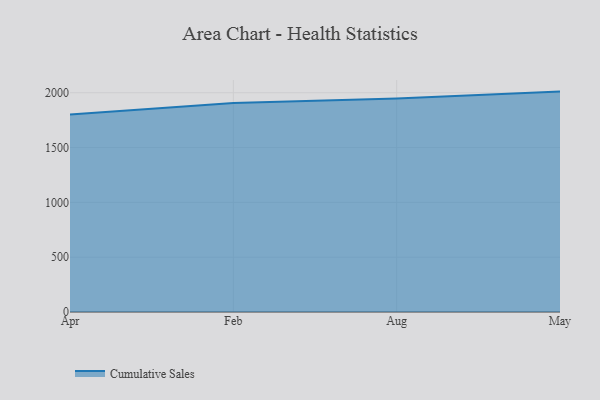
{"axis": {"x": "Month", "y": "Customer Acquisition Cost (USD)"}, "legend": ["Cumulative Sales"], "data": [{"x": "Apr", "y": 1801.4, "type": "Cumulative Sales"}, {"x": "Feb", "y": 1906.7, "type": "Cumulative Sales"}, {"x": "Aug", "y": 1947.9, "type": "Cumulative Sales"}, {"x": "May", "y": 2010.6, "type": "Cumulative Sales"}]}